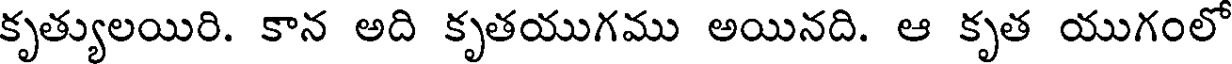
కృత్యులయిరి. కాన అది కృతయుగము అయినది. ఆ కృత యుగంలో